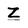
Character: Z